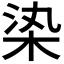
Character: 𣑱